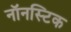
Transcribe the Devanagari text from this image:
नॉनस्टिक